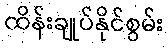
ထိန်းချုပ်နိုင်စွမ်း